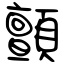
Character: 顫